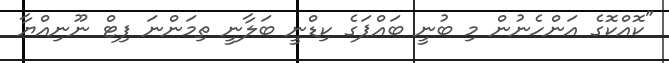
"ކޮއްކޮގެ އަންހެނުން މި ބުނީ ބައްޕަގެ ކިޑްނީ ބަލާނީ ތިމަންނަ ފިޓް ނޫނިއްޔާ